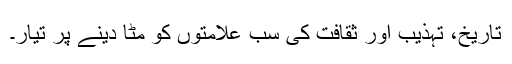
تاریخ، تہذیب اور ثقافت کی سب علامتوں کو مٹا دینے پر تیار۔